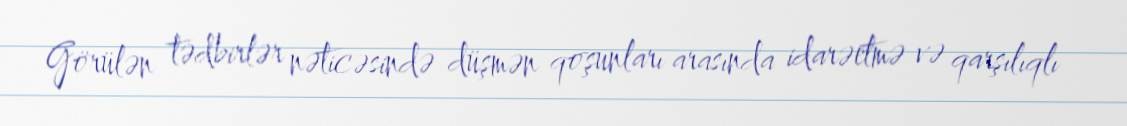
Görülən tədbirlər nəticəsində düşmən qoşunları arasında idarəetmə və qarşılıqlı